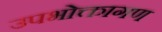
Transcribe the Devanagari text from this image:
उपभोक्तागण